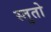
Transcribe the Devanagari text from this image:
स्तुतो